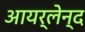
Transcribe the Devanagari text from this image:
आयर्लेन्द